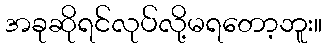
အခုဆိုရင်လုပ်လို့မရတော့ဘူး။